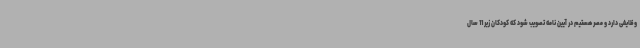
وظایفی دارد و مصر هستیم در آیین نامه تصویب شود که کودکان زیر 11 سال